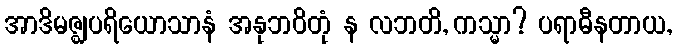
အာဒိမဇ္ဈပရိယောသာနံ အနုဘဝိတုံ န လဘတိ, ကသ္မာ? ပရာဓီနတာယ,